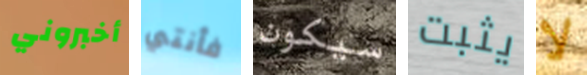
أخبروني فأنتي سيكون يثبت لا